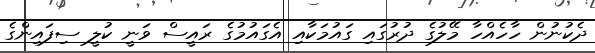
ދެކުނުން ހާހެއްހާ މޭލުގެ ދުރުގައި ގައުމަކާއި އެގައުމުގެ ރައީސް ވަނީ ކުލީ ސިފައިންގެ